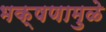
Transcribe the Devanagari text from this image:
भक्षणामुळे